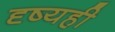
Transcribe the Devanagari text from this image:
दृष्यही